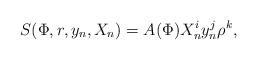
LaTeX: \begin{align*}S (\Phi,r,y_n,X_n) = A(\Phi) X_n^i y_n^j \rho^k,\end{align*}